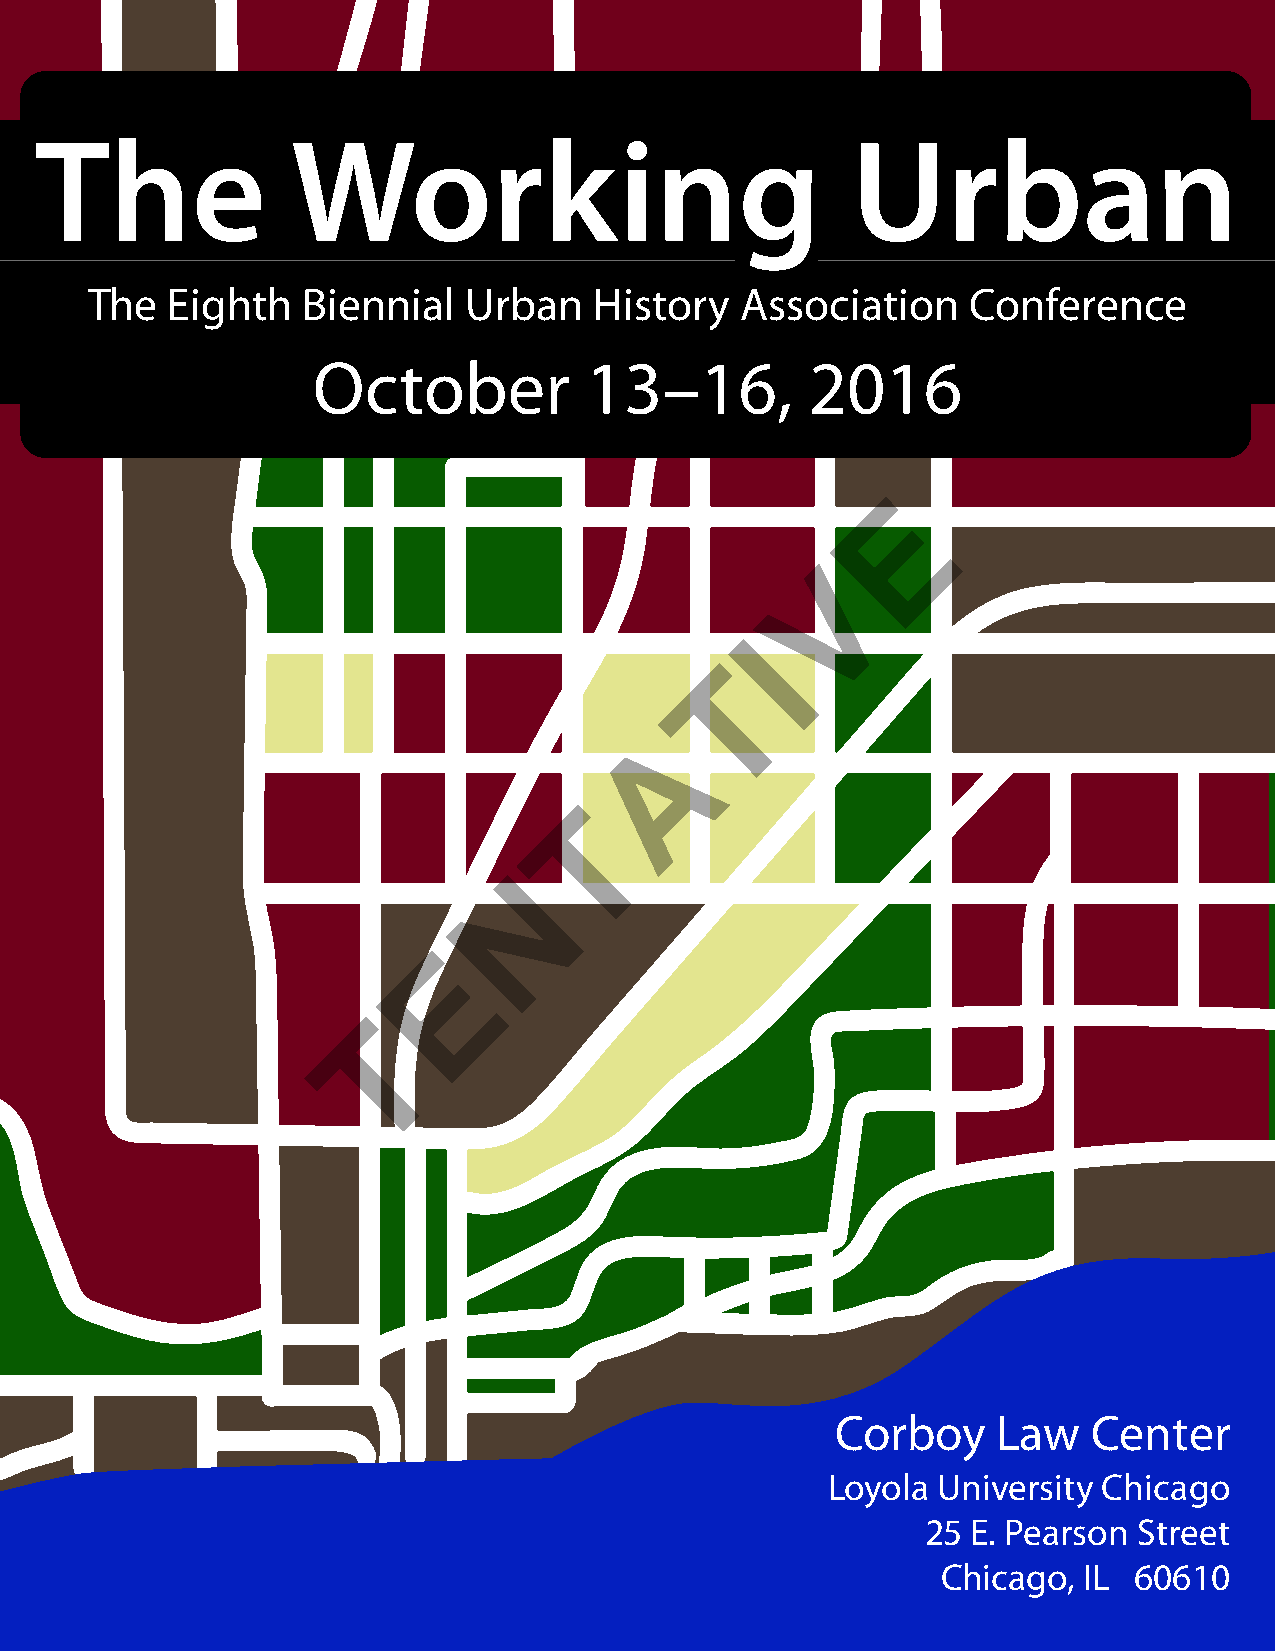
The  Eighth   Biennial   Urban   History   Association    Conference
 October           13–16,         2016
 E
 V
 I
 T
 A
 T
 N
 E
 T
 Corboy     Law   Center
 Loyola University Chicago
 25 E. Pearson Street
 Chicago,  IL 60610